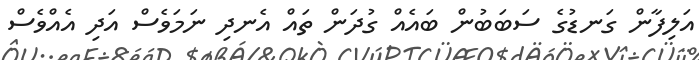
އަލިފާން ގަނޑުގެ ސަބަބުން ބައެއް ގުދަން ތައް އެނދި ނަމަވެސް އަދި އެއްވެސް